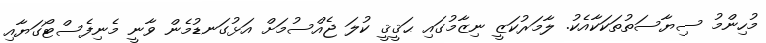
މުހިންމު ސިޔާސަތުތަކަކާއެކު. ލާމަރުކަޒީ ނިޒާމުގައި ޙަޤީޤީ ކުލަ ޖެއްސުމަށް އަޅުގަނޑުމެން ވާނީ މެނިފެސްޓޯގަޔާއި